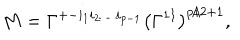
LaTeX: M = \Gamma ^ { + - i _ { 1 } i _ { 2 } \dots i _ { p - 1 } } \bigl ( \Gamma ^ { 1 1 } \bigr ) ^ { p / 2 + 1 } ,